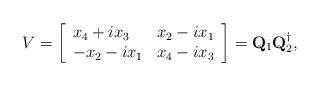
\begin{align*}V=\left [ \begin{array} {ll}x_4+ix_3& x_2-ix_1\\-x_2-ix_1& x_4-ix_3\end{array} \right ]={\bf Q}_1{\bf Q}_2^{\dagger},\end{align*}